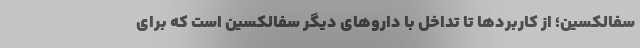
سفالکسین؛ از کاربردها تا تداخل با داروهای دیگر سفالکسین است که برای